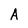
Character: A